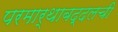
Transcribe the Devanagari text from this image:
परमार्थाबद्दलची